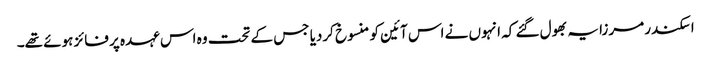
اسکندر مرزا یہ بھول گئے کہ انہوں نے اس آئین کو منسوخ کردیا جس کے تحت وہ اس عہدہ پر فائز ہوئے تھے۔